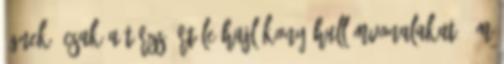
égnek, csak a törzs írt le hajlékony hullámvonalakat. Ám